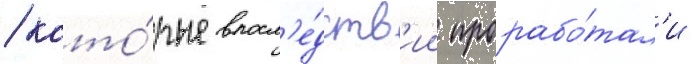
/ кото́рые впосл'е́дств'ии прорабо́тал'и